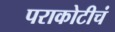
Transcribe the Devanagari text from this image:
पराकोटीचं